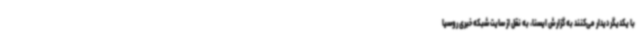
با یکدیگر دیدار می‌کنند به گزارش ایسنا، به نقل از سایت شبکه خبری روسیا